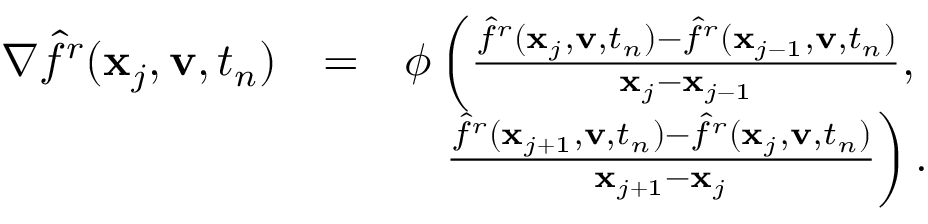
\begin{array} { r l r } { \nabla \hat { f } ^ { r } ( \mathbf x _ { j } , \mathbf v , t _ { n } ) } & { = } & { \phi \left( \frac { \hat { f } ^ { r } ( \mathbf x _ { j } , \mathbf v , t _ { n } ) - \hat { f } ^ { r } ( \mathbf x _ { j - 1 } , \mathbf v , t _ { n } ) } { \mathbf x _ { j } - \mathbf x _ { j - 1 } } , \right. } \\ & { } & { \left. \frac { \hat { f } ^ { r } ( \mathbf x _ { j + 1 } , \mathbf v , t _ { n } ) - \hat { f } ^ { r } ( \mathbf x _ { j } , \mathbf v , t _ { n } ) } { \mathbf x _ { j + 1 } - \mathbf x _ { j } } \right) . } \end{array}